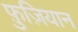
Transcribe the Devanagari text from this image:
फ़ुज़ियान